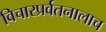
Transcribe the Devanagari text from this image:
विचारप्रर्वतनालाच